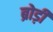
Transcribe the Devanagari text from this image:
ब्रोड़ी